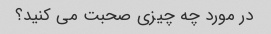
در مورد چه چیزی صحبت می کنید؟